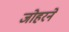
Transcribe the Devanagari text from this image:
जोहरने